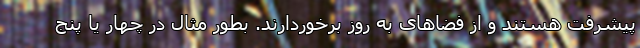
پیشرفت هستند و از فضاهای به روز برخوردارند. بطور مثال در چهار یا پنج